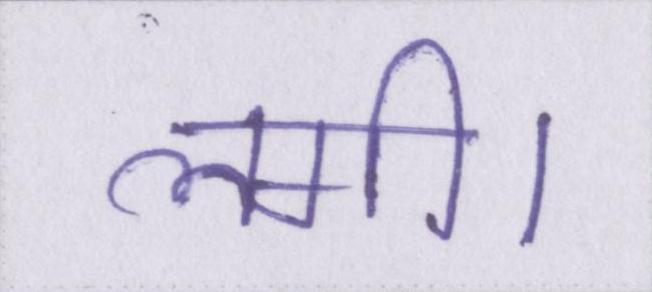
लगी।